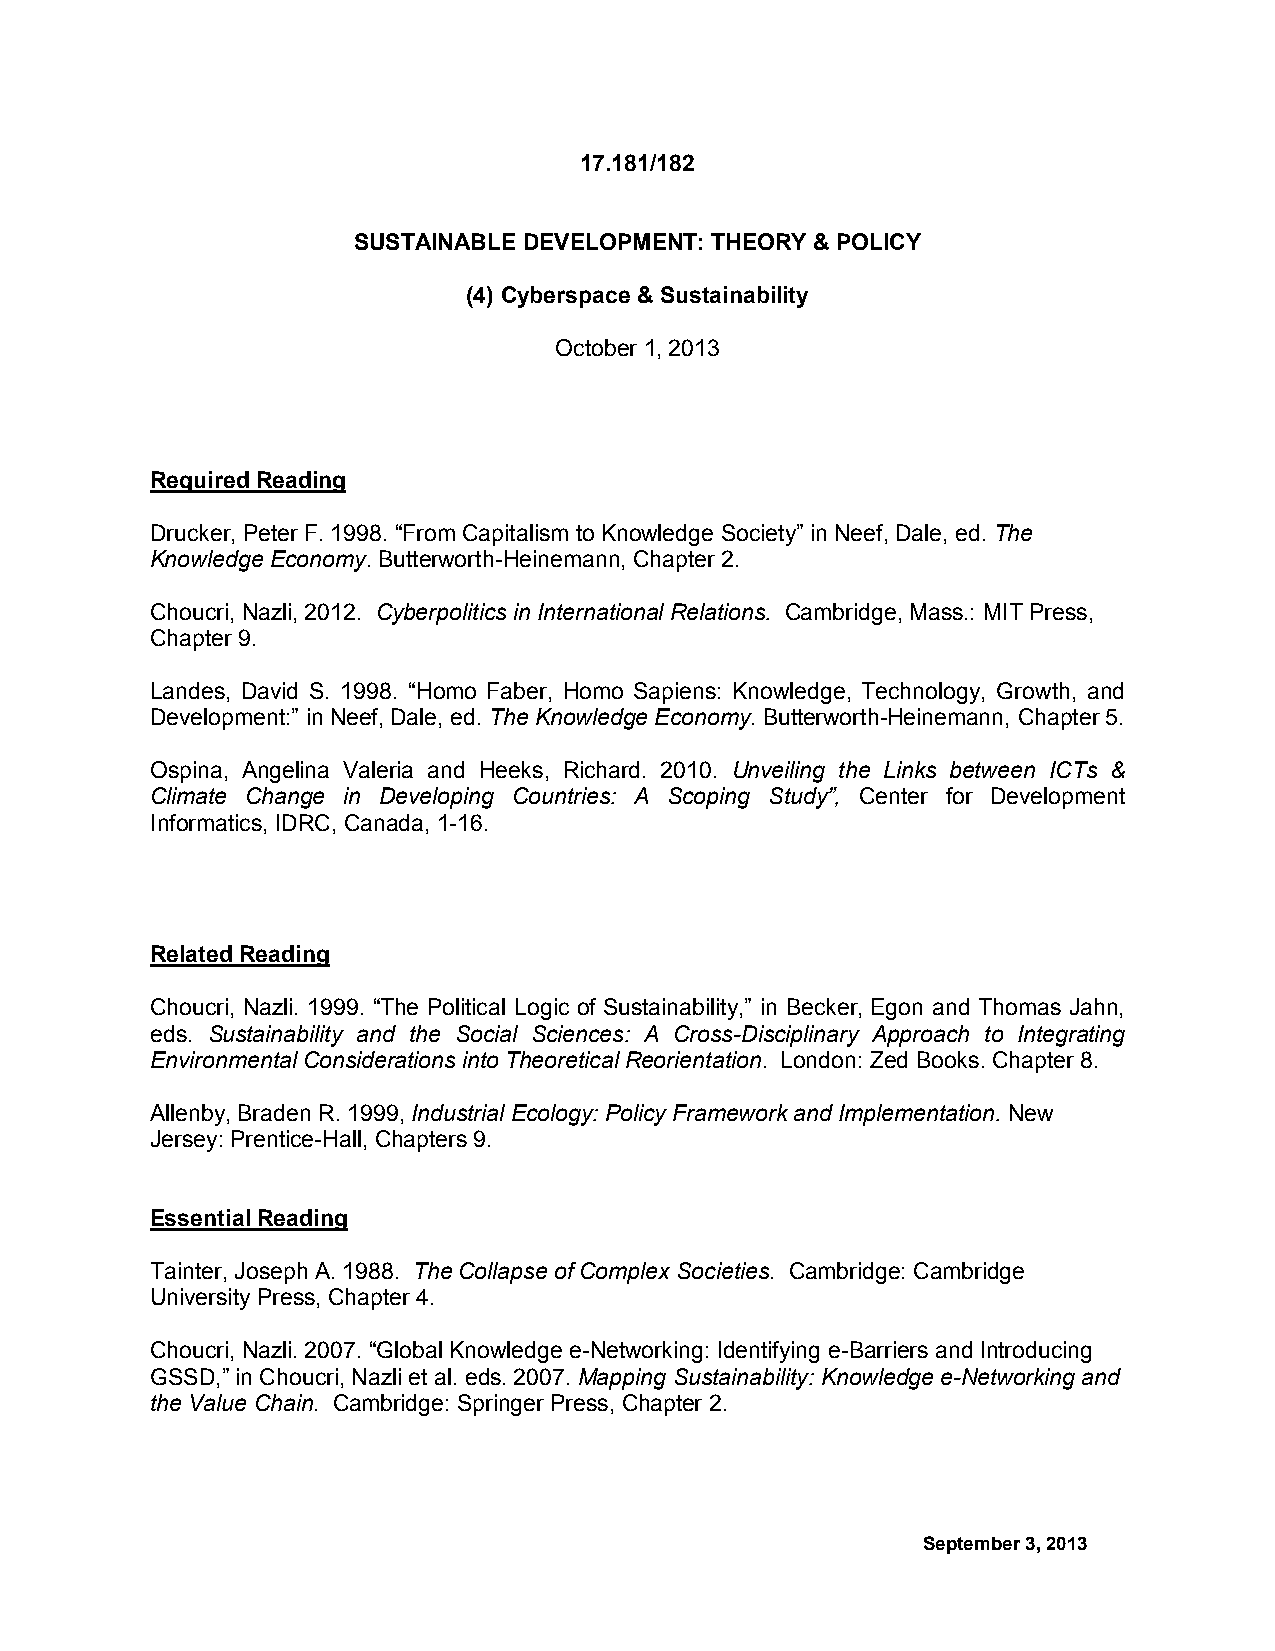
17.181/182
 SUSTAINABLE DEVELOPMENT: THEORY & POLICY
 (4) Cyberspace & Sustainability
 October 1, 2013
 Required Reading
 Drucker, Peter F. 1998. “From Capitalism to Knowledge Society” in Neef, Dale, ed. The
 Knowledge Economy. Butterworth-Heinemann, Chapter 2.
 Choucri, Nazli, 2012. Cyberpolitics in International Relations. Cambridge, Mass.: MIT Press,
 Chapter 9.
 Landes, David S. 1998. “Homo Faber, Homo Sapiens: Knowledge, Technology, Growth, and
 Development:” in Neef, Dale, ed. The Knowledge Economy. Butterworth-Heinemann, Chapter 5.
 Ospina, Angelina Valeria and Heeks, Richard. 2010. Unveiling the Links between ICTs &
 Climate Change in Developing Countries: A Scoping Study”, Center for Development
 Informatics, IDRC, Canada, 1-16.
 Related Reading
 Choucri, Nazli. 1999. “The Political Logic of Sustainability,” in Becker, Egon and Thomas Jahn,
 eds. Sustainability and the Social Sciences: A Cross-Disciplinary Approach to Integrating
 Environmental Considerations into Theoretical Reorientation. London: Zed Books. Chapter 8.
 Allenby, Braden R. 1999, Industrial Ecology: Policy Framework and Implementation. New
 Jersey: Prentice-Hall, Chapters 9.
 Essential Reading
 Tainter, Joseph A. 1988. The Collapse of Complex Societies. Cambridge: Cambridge
 University Press, Chapter 4.
 Choucri, Nazli. 2007. “Global Knowledge e-Networking: Identifying e-Barriers and Introducing
 GSSD,” in Choucri, Nazli et al. eds. 2007. Mapping Sustainability: Knowledge e-Networking and
 the Value Chain. Cambridge: Springer Press, Chapter 2.
 September 3, 2013